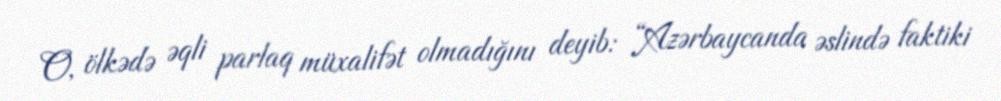
O, ölkədə əqli parlaq müxalifət olmadığını deyib: “Azərbaycanda əslində faktiki